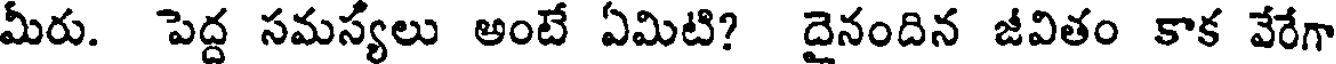
మీరు. పెద్ద సమస్యలు అంటే ఏమిటి? దైనందిన జీవితం కాక వేరేగా